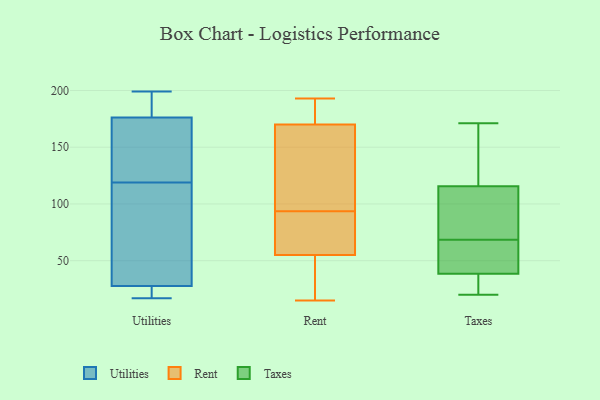
{"axis": {"x": "Population (Million)", "y": "Value"}, "legend": ["Rent", "Taxes", "Utilities"], "data": [{"x": "", "y": 124, "type": "Utilities"}, {"x": "", "y": 26, "type": "Utilities"}, {"x": "", "y": 81, "type": "Utilities"}, {"x": "", "y": 17, "type": "Utilities"}, {"x": "", "y": 199, "type": "Utilities"}, {"x": "", "y": 23, "type": "Utilities"}, {"x": "", "y": 156, "type": "Utilities"}, {"x": "", "y": 33, "type": "Utilities"}, {"x": "", "y": 119, "type": "Utilities"}, {"x": "", "y": 183, "type": "Utilities"}, {"x": "", "y": 188, "type": "Utilities"}, {"x": "", "y": 104, "type": "Rent"}, {"x": "", "y": 162, "type": "Rent"}, {"x": "", "y": 55, "type": "Rent"}, {"x": "", "y": 83, "type": "Rent"}, {"x": "", "y": 28, "type": "Rent"}, {"x": "", "y": 170, "type": "Rent"}, {"x": "", "y": 181, "type": "Rent"}, {"x": "", "y": 58, "type": "Rent"}, {"x": "", "y": 191, "type": "Rent"}, {"x": "", "y": 50, "type": "Rent"}, {"x": "", "y": 43, "type": "Rent"}, {"x": "", "y": 83, "type": "Rent"}, {"x": "", "y": 15, "type": "Rent"}, {"x": "", "y": 131, "type": "Rent"}, {"x": "", "y": 139, "type": "Rent"}, {"x": "", "y": 58, "type": "Rent"}, {"x": "", "y": 187, "type": "Rent"}, {"x": "", "y": 193, "type": "Rent"}, {"x": "", "y": 20, "type": "Taxes"}, {"x": "", "y": 119, "type": "Taxes"}, {"x": "", "y": 34, "type": "Taxes"}, {"x": "", "y": 66, "type": "Taxes"}, {"x": "", "y": 56, "type": "Taxes"}, {"x": "", "y": 40, "type": "Taxes"}, {"x": "", "y": 86, "type": "Taxes"}, {"x": "", "y": 163, "type": "Taxes"}, {"x": "", "y": 112, "type": "Taxes"}, {"x": "", "y": 37, "type": "Taxes"}, {"x": "", "y": 71, "type": "Taxes"}, {"x": "", "y": 171, "type": "Taxes"}]}